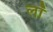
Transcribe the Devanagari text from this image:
लॉं